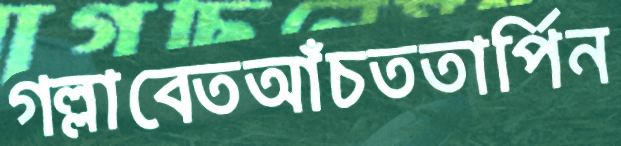
গল্লাবেতআঁচততার্পিন